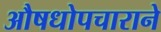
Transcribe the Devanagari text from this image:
औषधोपचाराने